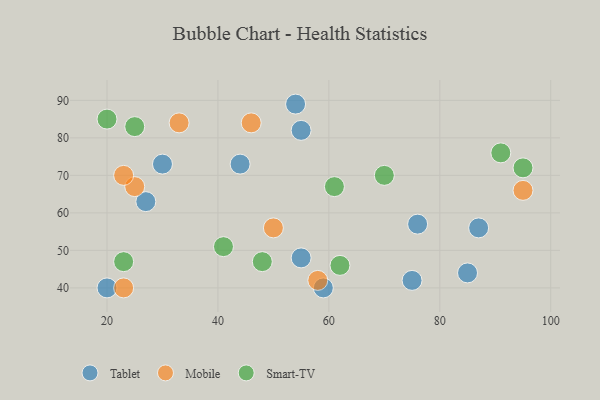
{"axis": {"x": "GDP", "y": "Life Expectancy"}, "legend": ["Mobile", "Smart-TV", "Tablet"], "data": [{"x": "87", "y": 56, "type": "Tablet"}, {"x": "55", "y": 48, "type": "Tablet"}, {"x": "54", "y": 89, "type": "Tablet"}, {"x": "30", "y": 73, "type": "Tablet"}, {"x": "27", "y": 63, "type": "Tablet"}, {"x": "55", "y": 82, "type": "Tablet"}, {"x": "76", "y": 57, "type": "Tablet"}, {"x": "75", "y": 42, "type": "Tablet"}, {"x": "20", "y": 40, "type": "Tablet"}, {"x": "85", "y": 44, "type": "Tablet"}, {"x": "59", "y": 40, "type": "Tablet"}, {"x": "44", "y": 73, "type": "Tablet"}, {"x": "25", "y": 67, "type": "Mobile"}, {"x": "33", "y": 84, "type": "Mobile"}, {"x": "23", "y": 40, "type": "Mobile"}, {"x": "95", "y": 66, "type": "Mobile"}, {"x": "50", "y": 56, "type": "Mobile"}, {"x": "58", "y": 42, "type": "Mobile"}, {"x": "23", "y": 70, "type": "Mobile"}, {"x": "46", "y": 84, "type": "Mobile"}, {"x": "41", "y": 51, "type": "Smart-TV"}, {"x": "91", "y": 76, "type": "Smart-TV"}, {"x": "48", "y": 47, "type": "Smart-TV"}, {"x": "23", "y": 47, "type": "Smart-TV"}, {"x": "61", "y": 67, "type": "Smart-TV"}, {"x": "62", "y": 46, "type": "Smart-TV"}, {"x": "70", "y": 70, "type": "Smart-TV"}, {"x": "25", "y": 83, "type": "Smart-TV"}, {"x": "95", "y": 72, "type": "Smart-TV"}, {"x": "20", "y": 85, "type": "Smart-TV"}]}